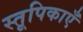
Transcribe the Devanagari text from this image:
स्तूपिकाएँ